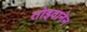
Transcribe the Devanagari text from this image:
तोइवानेन